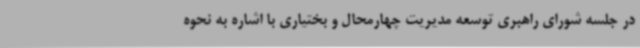
در جلسه شورای راهبری توسعه مدیریت چهارمحال و بختیاری با اشاره به نحوه